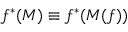
f ^ { * } ( M ) \equiv f ^ { * } ( M ( f ) )